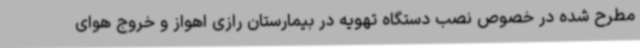
مطرح شده در خصوص نصب دستگاه تهویه در بیمارستان رازی اهواز و خروج هوای